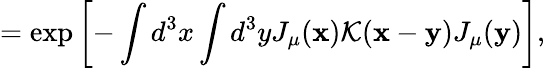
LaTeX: =\exp\left[-\int d^{3}x\int d^{3}yJ_{\mu}({\mathbf x}){\cal K}({\mathbf x}-{\mathbf y})J_{\mu}({\mathbf y})\right],